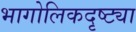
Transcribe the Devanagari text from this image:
भागोलिकदृष्ट्या